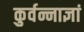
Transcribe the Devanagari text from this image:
कुर्वन्नाज्ञां